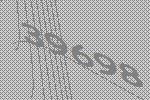
39698